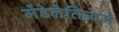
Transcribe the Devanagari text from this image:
मेंडेलेव्हियम